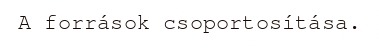
A források csoportosítása.